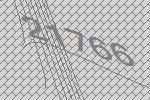
21766